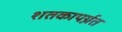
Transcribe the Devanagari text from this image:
शतकापर्य्नत